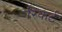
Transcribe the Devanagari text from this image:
रिकर्ट